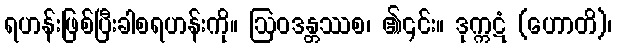
ရဟန်းဖြစ်ပြီးခါစရဟန်းကို။ ဩဝဒန္တဿစ၊ ၏၎င်း။ ဒုက္ကဋံ (ဟောတိ)၊